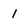
Character: 1